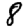
Digit: 8